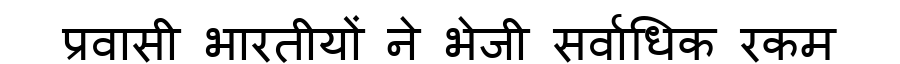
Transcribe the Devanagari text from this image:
प्रवासी भारतीयों ने भेजी सर्वाधिक रकम